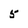
Character: 5